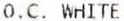
O.C. WHITE